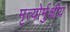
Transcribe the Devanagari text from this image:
मृत्‍योर्मुक्षीय